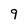
Character: 9